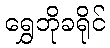
ရွှေဘိုခရိုင်